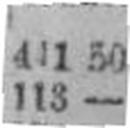
113 —